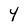
Character: 4